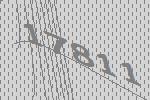
17811